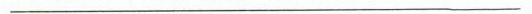
___